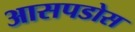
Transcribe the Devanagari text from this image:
आसपडोस